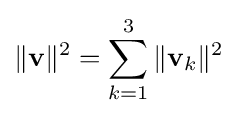
\|\mathbf {v} \|^{2}=\sum _{k=1}^{3}\|\mathbf {v} _{k}\|^{2}